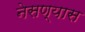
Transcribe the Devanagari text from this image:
नेसण्यास